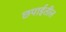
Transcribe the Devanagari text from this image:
छपाईतील